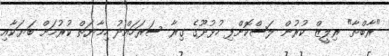
"ރާބްތާ" ރިލީޒް ކުރުން ލަސްކޮށްފި ހުޅުދޫގެ ގިރާ ސަރަހައްދު ހިމާޔަތް ކުރުމަށް ބަޔަކާއި